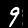
Digit: 9